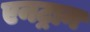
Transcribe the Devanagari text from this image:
एनट्रान